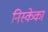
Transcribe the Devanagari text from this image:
निस्केका